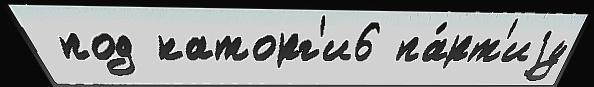
 под каторг'и6 па́рт'иjу